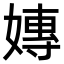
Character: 嫥